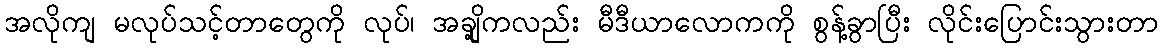
အလိုကျ မလုပ်သင့်တာတွေကို လုပ်၊ အချို့ကလည်း မီဒီယာလောကကို စွန့်ခွာပြီး လိုင်းပြောင်းသွားတာ